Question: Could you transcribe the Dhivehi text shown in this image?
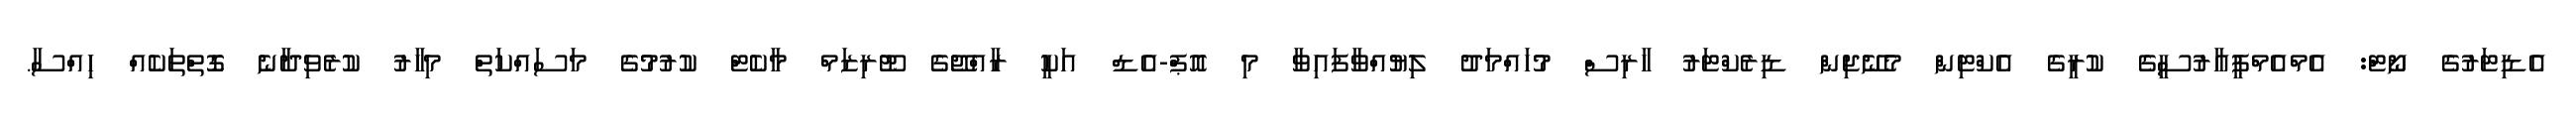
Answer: އެޑިޓަރުގެ ނޯޓް: އެމްއެމްޕީއާރުސީގެ ކުރީގެ އެކްޓިން މެނޭޖިން ޑިރެކްޓަރު ހާރިސް މުހައްމަދު ލިޔުއްވާފައިވާ މި އޮޕް-އެޑް އަކީ ރާއްޖޭގެ ޓޫރިޒަމް މާކެޓް ކުރުމުގެ މަސައްކަތް މިހާރު ކުރެވިދާނެ ގޮތްތަކެއް ހިއްސާ.